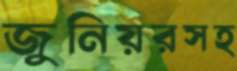
জুনিয়রসহ